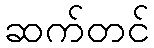
ဆက်တင်